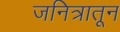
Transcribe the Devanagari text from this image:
जनित्रातून